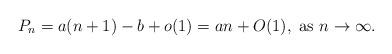
LaTeX: \begin{align*} P_{n}=a(n+1)-b+o(1)=an+O(1), \mbox{ as } n\to\infty.\end{align*}